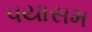
પયાસમ